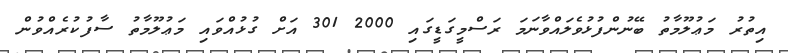
އިތުރު މަޢުލޫމާތު ބޭނުންފުޅުވެލައްވާނަމަ ރަސްމީގަޑީގައި 2000 301 އަށް ގުޅުއްވައި މަޢުލޫމާތު ސާފުކުރެއްވުން